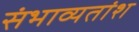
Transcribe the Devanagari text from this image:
संभाव्यतांश